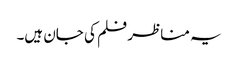
یہ مناظر فلم کی جان ہیں۔